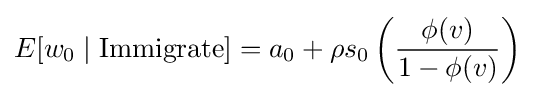
E[w_{0}\mid \mathrm {Immigrate} ]=a_{0}+\rho s_{0}\left({\frac {\phi ({v})}{1-\phi ({v})}}\right)